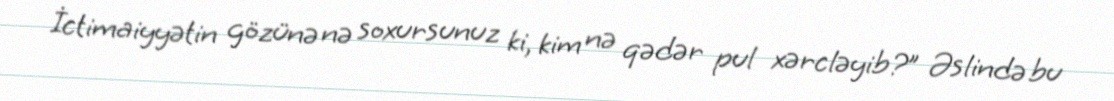
İctimaiyyətin gözünə nə soxursunuz ki, kim nə qədər pul xərcləyib?” Əslində bu